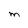
Character: M